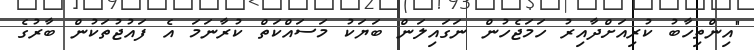
"އިންތިހާބު ކުރިއަށްދާއިރު ހަމަޖެހުން ނަގައިލަން ބަޔަކު މަސައްކަތް ކުރާނަމަ އެ ފައުޖުތަކުން ބާރުގެ